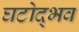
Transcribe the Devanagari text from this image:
घटोद्भव